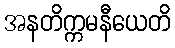
အနတိက္ကမနီယေတိ